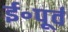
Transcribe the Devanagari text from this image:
ई॰पूर्व